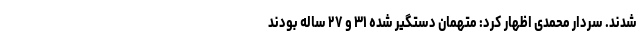
شدند. سردار محمدی اظهار کرد: متهمان دستگیر شده ۳۱ و ۲۷ ساله بودند